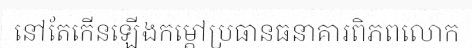
នៅតែកើនឡើងកម្តៅប្រធានធនាគារពិភពលោក